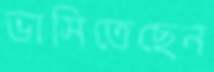
ভাসিতেছেন